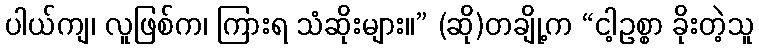
ပါယ်ကျ၊ လူဖြစ်က၊ ကြားရ သံဆိုးများ။” (ဆို)တချို့က “ငါ့ဥစ္စာ ခိုးတဲ့သူ